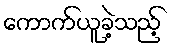
ကောက်ယူခဲ့သည့်